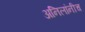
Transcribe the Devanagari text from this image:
अनिलांनीच